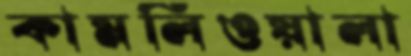
কামলিওয়ালা